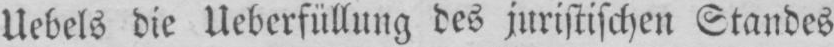
Uebels die Ueberfüllung des juristischen Standes